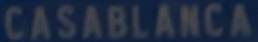
CASABLANCA